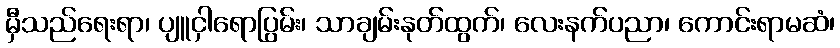
မှီသည်ရေးရာ၊ ပျူငှါရောပြွမ်း၊ သာချမ်းနုတ်ထွက်၊ လေးနက်ပညာ၊ ကောင်းရာမဆံ၊